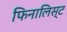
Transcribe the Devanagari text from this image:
फिनालिस्ट